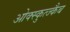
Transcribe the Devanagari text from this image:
ओक्स्कुत्ज्कैब